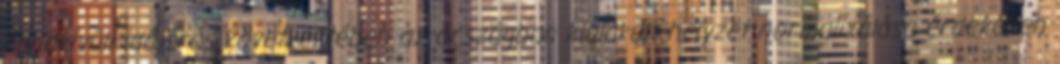
rendkívüli időjárás következtében az országban kialakult helyzet normalizálása érdekében